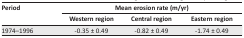
<table><thead><tr><td rowspan="3"><b>Period</b></td><td colspan="3"><b>Mean erosion rate (m/yr)</b></td></tr><tr><td><b>Western region</b></td><td><b>Central region</b></td><td><b>Eastern region</b></td></tr></thead><tbody><tr><td>1974–1996</td><td>-0.35 ± 0.49</td><td>-0.82 ± 0.49</td><td>-1.74 ± 0.49</td></tr></tbody></table>